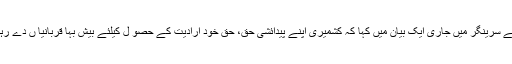
کشمیر میڈیا سروس کے مطابق کل جماعتی حریت کانفرنس کے ترجمان نے سرینگر میں جاری ایک بیان میں کہا کہ کشمیری اپنے پیدائشی حق، حق خود ارادیت کے حصو ل کیلئے بیش بہا قربانیا ں دے رہے ہیںاور وہ اپنی عظیم جد وجہد مقصد کے حصول تک جاری رکھیں گے۔